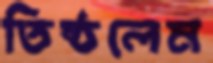
তিষ্ঠলেম